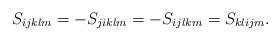
LaTeX: \begin{align*}& S_{ijklm} = -S_{jiklm} = -S_{ijlkm} = S_{klijm}.\end{align*}